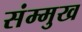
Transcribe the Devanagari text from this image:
संम्मुख